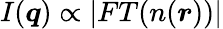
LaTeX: I(\boldsymbol{q})\propto\left|FT(n(\boldsymbol{r}))\right|